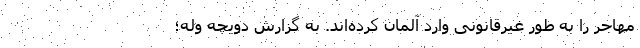
مهاجر را به طور غیرقانونی وارد آلمان کرده‌اند. به گزارش دویچه وله؛